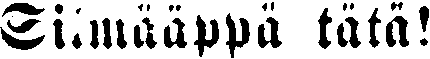
Silmääppä tätä!